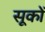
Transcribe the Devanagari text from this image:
सूकों